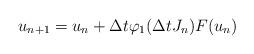
LaTeX: \begin{align*} u_{n+1}=u_n + \Delta t \varphi_1(\Delta t J_n)F(u_n)\end{align*}